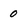
Character: 0